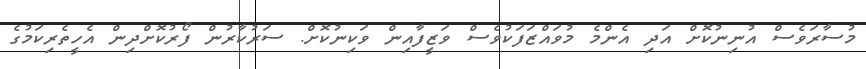
މުސާރަވެސް އުނިނުކޮށް އަދި އެންމެ މުވައްޒަފަކުވެސް ވަޒީފާއިން ވަކިނުކޮށް. ސަރުކާރުން ފޯރުކޮށްދިން އެހީތެރިކަމުގެ